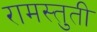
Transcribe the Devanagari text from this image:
रामस्तुती